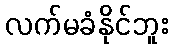
လက်မခံနိုင်ဘူး